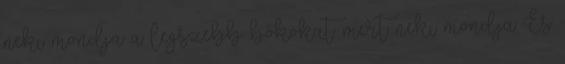
neki mondja a legszebb bókokat: mert neki mondja És